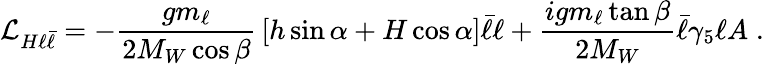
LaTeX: {\cal L}_{H\ell\bar{\ell}}=-{\frac{gm_{\ell}}{2M_{W}\cos\beta}}\left[h\sin\alpha+H\cos\alpha\right]\bar{\ell}\ell+{\frac{igm_{\ell}\tan\beta}{2M_{W}}}\bar{\ell}\gamma_{5}\ell A\; .